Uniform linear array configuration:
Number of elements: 48
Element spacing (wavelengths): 0.25
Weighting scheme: cosine
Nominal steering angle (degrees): -30
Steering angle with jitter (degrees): -31.628
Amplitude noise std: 0.05
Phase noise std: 0.05

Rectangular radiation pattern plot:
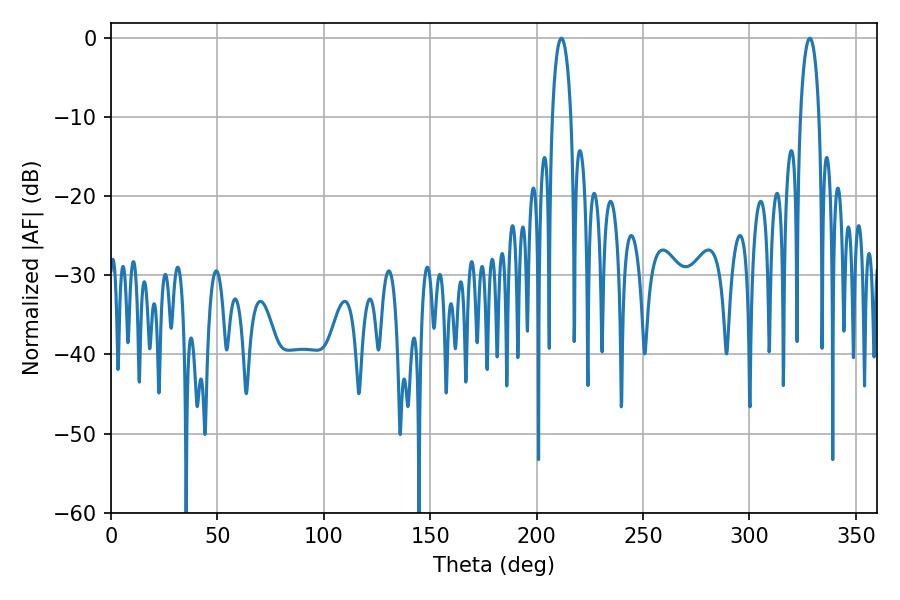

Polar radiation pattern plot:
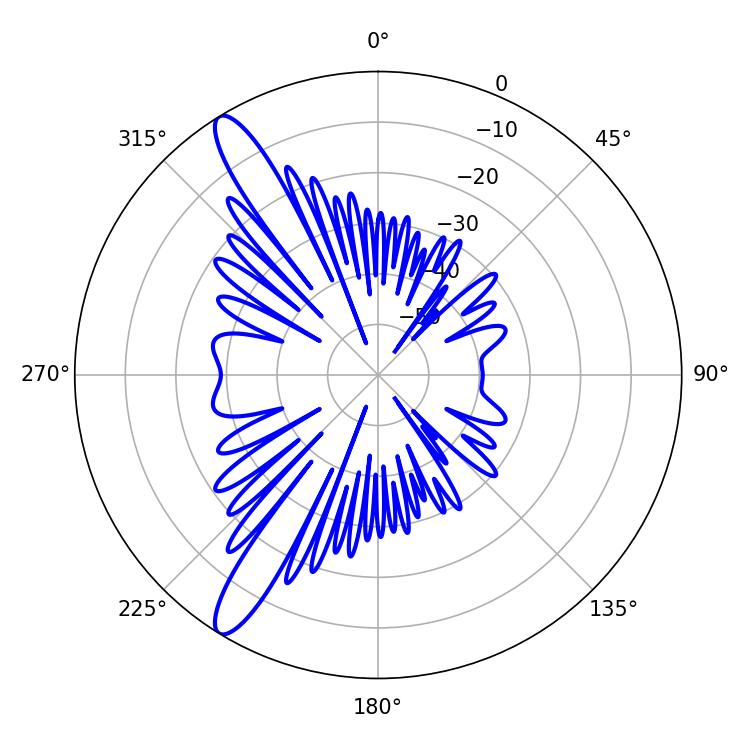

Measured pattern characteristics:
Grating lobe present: FALSE
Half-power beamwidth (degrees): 5.04
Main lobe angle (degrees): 328.32